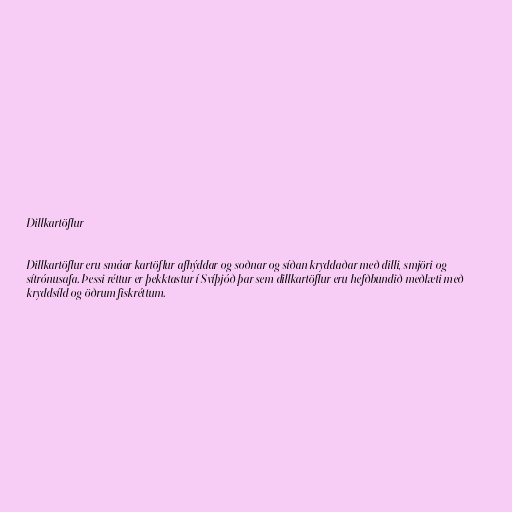
Dillkartöflur

Dillkartöflur eru smáar kartöflur afhýddar og soðnar og síðan kryddaðar með dilli, smjöri og
sítrónusafa. Þessi réttur er þekktastur í Svíþjóð þar sem dillkartöflur eru hefðbundið meðlæti með
kryddsíld og öðrum fiskréttum.